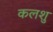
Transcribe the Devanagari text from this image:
कलशु